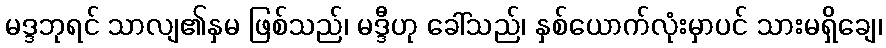
မဒ္ဒဘုရင် သာလျ၏နှမ ဖြစ်သည်၊ မဒ္ဒီဟု ခေါ်သည်၊ နှစ်ယောက်လုံးမှာပင် သားမရှိချေ၊